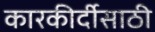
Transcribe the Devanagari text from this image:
कारकीर्दीसाठी